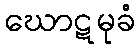
ဃောဋမုခံ